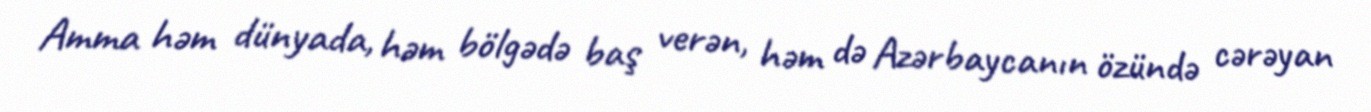
Amma həm dünyada, həm bölgədə baş verən, həm də Azərbaycanın özündə cərəyan